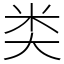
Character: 类